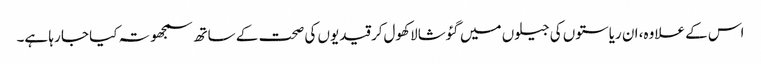
اس کے علاوہ، ان ریاستوں کی جیلوں میں گئوشالا کھول‌کر قیدیوں کی صحت کے ساتھ سمجھوتہ کیا جا رہا ہے۔